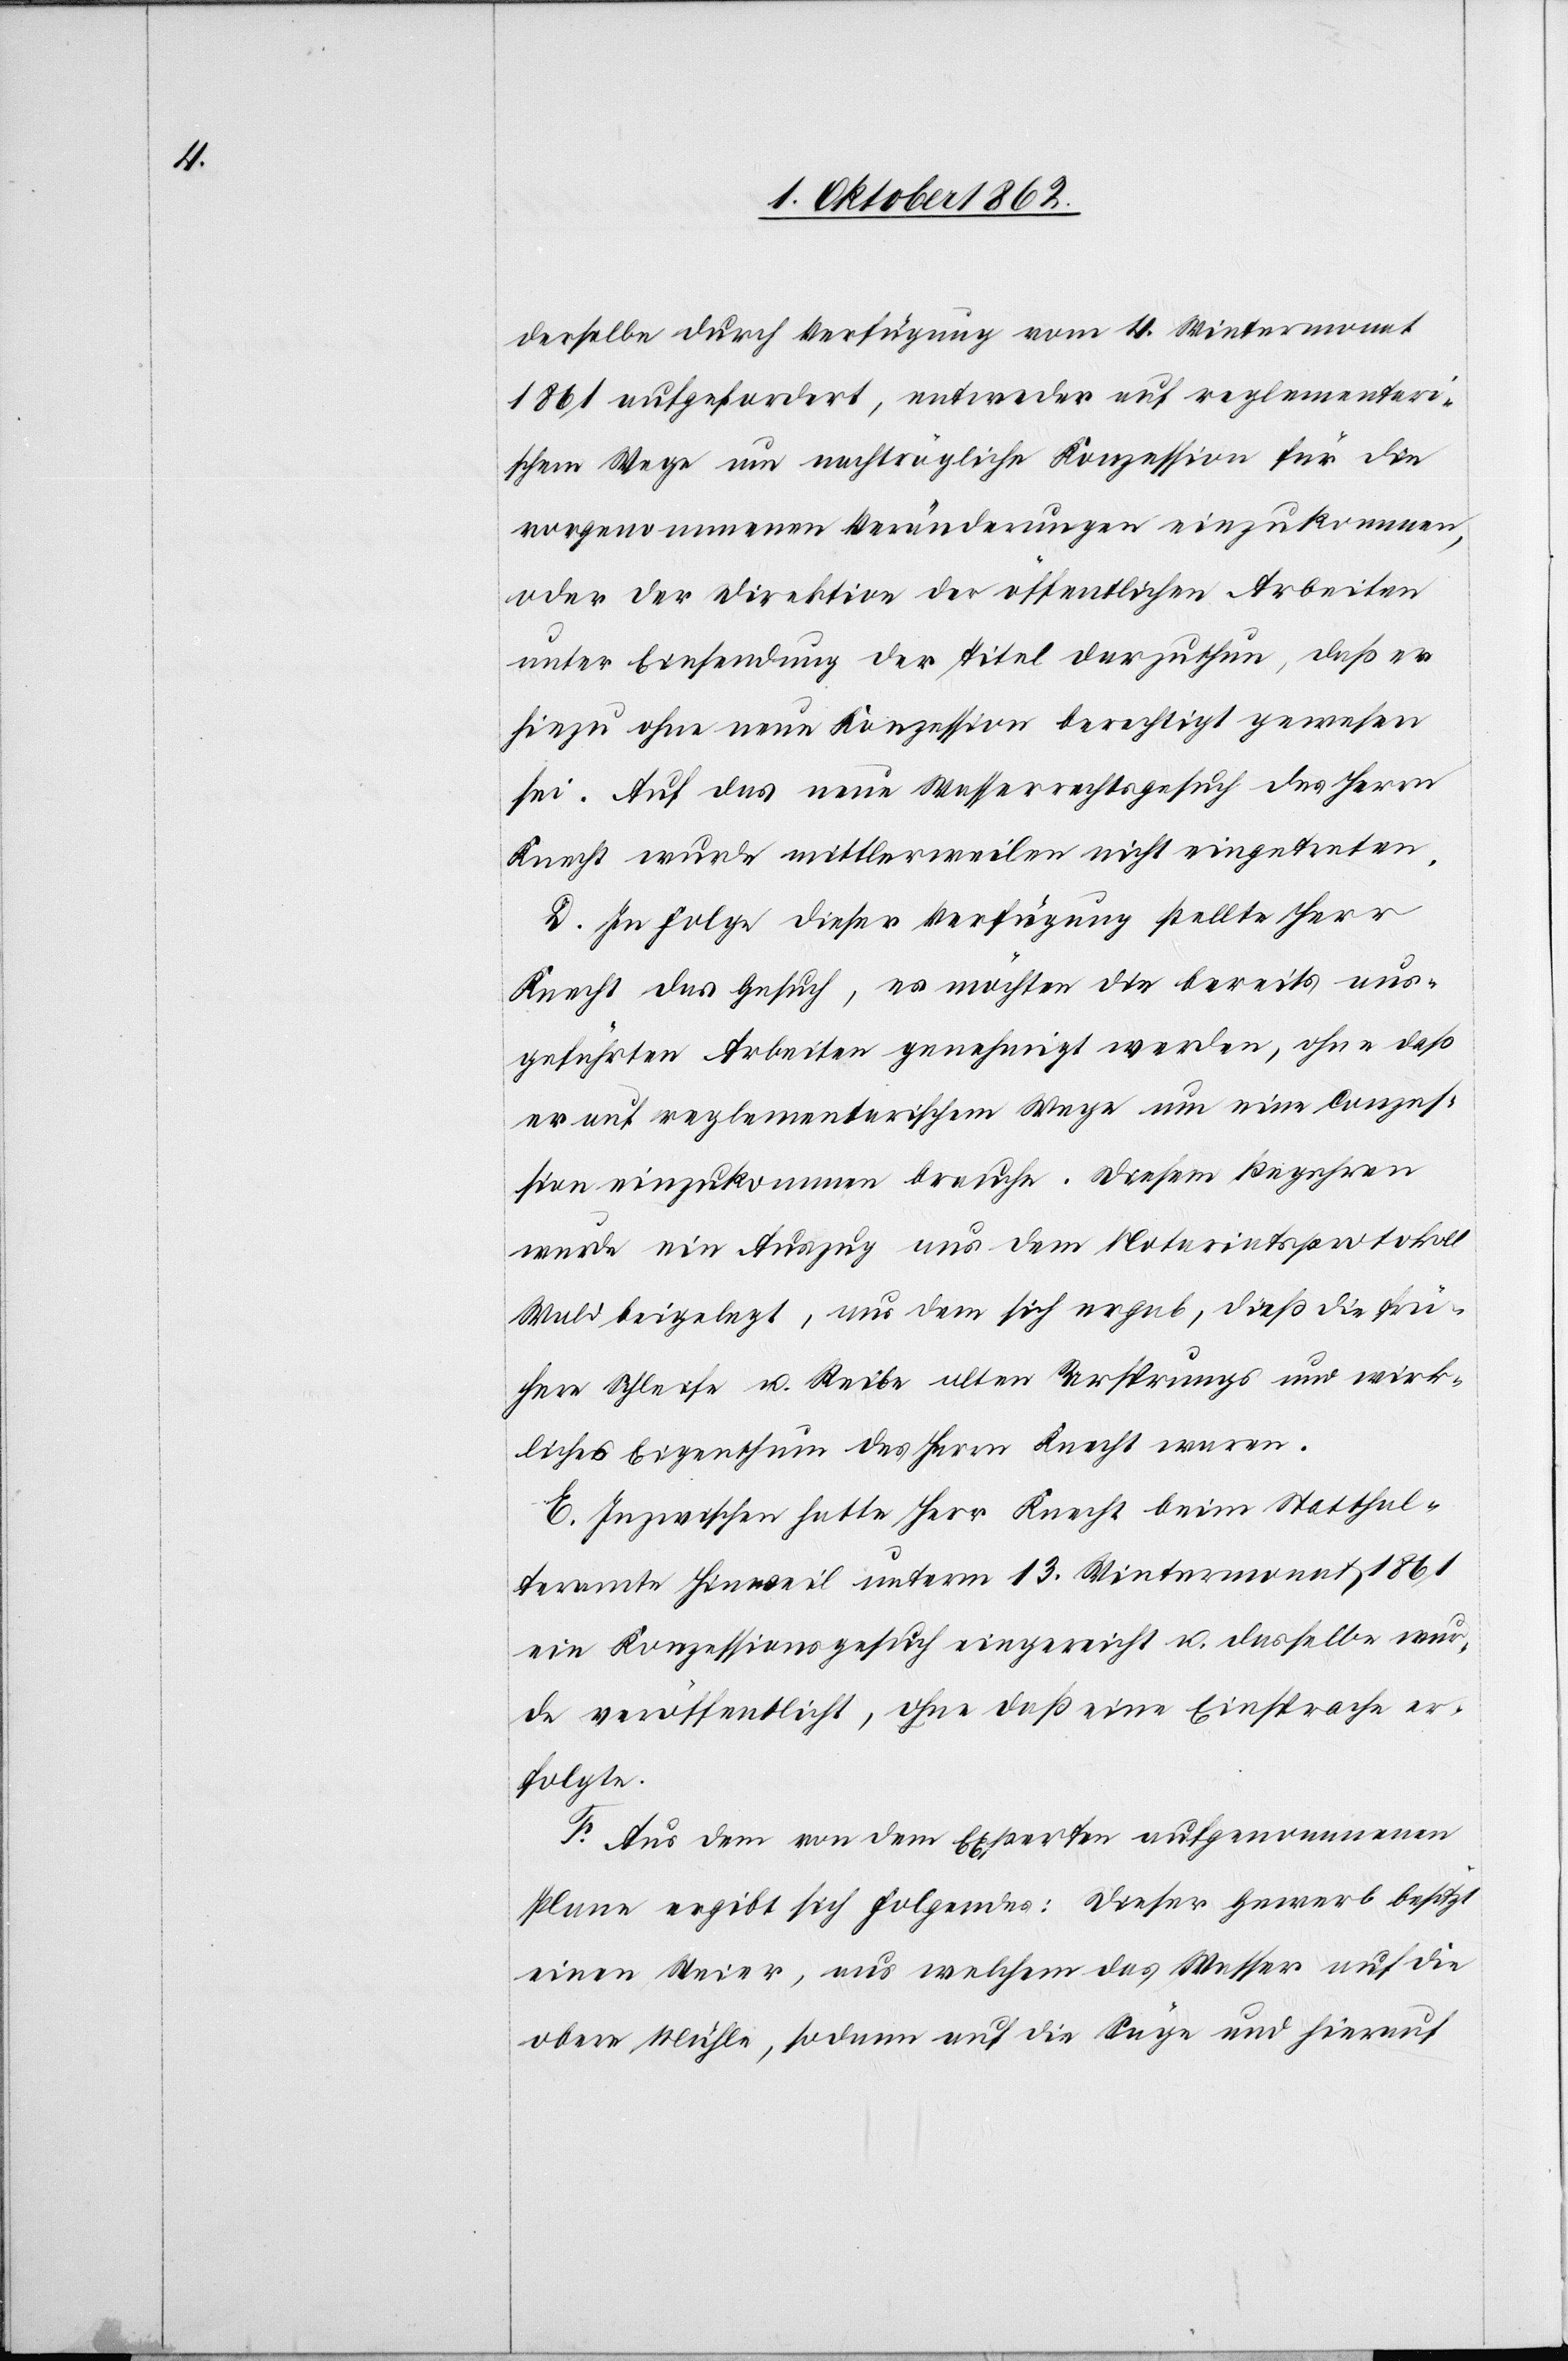
derselbe durch Verfügung vom 4. Wintermonat
1861 aufgefordert, entweder auf reglementari¬
schem Wege um nachträgliche Konzession für die
vorgenommenen Veränderungen einzukommen,
oder der Direktion der öffentlichen Arbeiten
unter Einsendung der Titel darzuthun, daß er
hiezu ohne neue Konzession berechtigt gewesen
sei. Auf das neue Wasserrechtsgesuch des Herrn
Knecht wurde mittlerweilen nicht eingetreten.
D. In Folge dieser Verfügung stellte Herr
Knecht das Gesuch, es möchten die bereits aus¬
geführten Arbeiten genehmigt werden, ohne daß
er auf reglementarischem Wege um eine Conzes¬
sion einzukommen brauche. Diesem Begehren
wurde ein Auszug aus dem Notariatsprotokoll
Wald beigelegt, aus dem sich ergab, daß die frü¬
here Schleife u. Reibe alten Ursprungs und wirk¬
lichs Eigenthum des Herrn Knecht waren.
E. Inzwischen hatte Herr Knecht beim Statthal¬
teramte Hinweil unterm 13. Wintermonat 1861
ein Konzessionsgesuch eingereicht u. dasselbe wur¬
de veröffentlicht, ohne daß eine Einsprache er¬
folgte.
F. Aus dem von dem Experten aufgenommenen
Plane ergibt sich folgendes: Dieser Gewerb besitzt
einen Weier, aus welchem das Wasser auf die
obere Mühle, sodann auf die Säge und hierauf